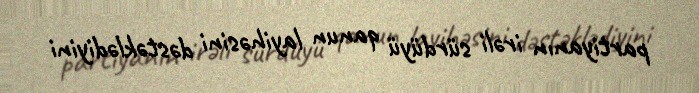
partiyanın irəli sürdüyü qanun layihəsini dəstəklədiyini